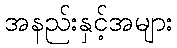
အနည်းနှင့်အများ